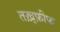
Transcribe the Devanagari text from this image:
तख़्फ़ीफ